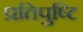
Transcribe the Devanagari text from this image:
प्रतिपुष्‍टि